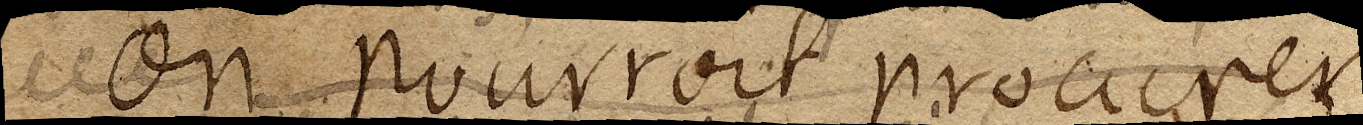
On pourroit procurer